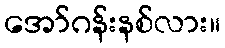
အော်ဂန်းနစ်လား။